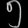
Digit: ၅